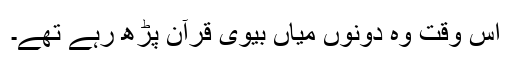
اس وقت وہ دونوں میاں بیوی قرآن پڑھ رہے تھے۔